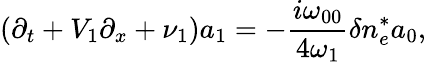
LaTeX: (\partial_{t}+V_{1}\partial_{x}+\nu_{1})a_{1}=-\frac{i\omega_{00}}{4\omega_{1}}\delta n_{e}^{\ast}a_{0},